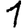
Digit: 1